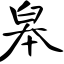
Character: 皋